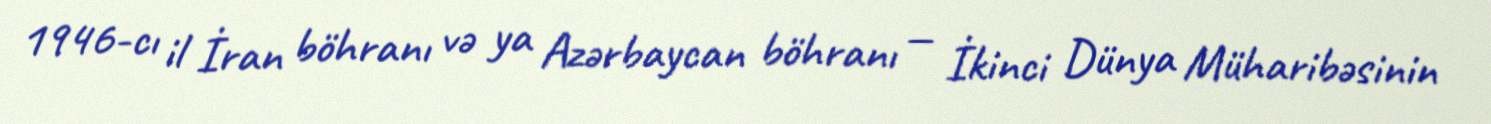
1946-cı il İran böhranı və ya Azərbaycan böhranı — İkinci Dünya Müharibəsinin